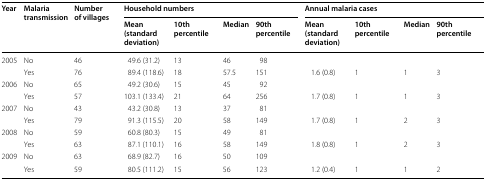
<table><thead><tr><td rowspan="2"><b>Year</b></td><td rowspan="2"><b>Malaria transmission</b></td><td rowspan="2"><b>Number of villages</b></td><td colspan="4"><b>Household numbers</b></td><td colspan="4"><b>Annual malaria cases</b></td></tr><tr><td><b>Mean (standard deviation)</b></td><td><b>10th percentile</b></td><td><b>Median</b></td><td><b>90th percentile</b></td><td><b>Mean (standard deviation)</b></td><td><b>10th percentile</b></td><td><b>Median</b></td><td><b>90th percentile</b></td></tr></thead><tbody><tr><td rowspan="2">2005</td><td>No</td><td>46</td><td>49.6 (31.2)</td><td>13</td><td>46</td><td>98</td><td></td><td></td><td></td><td></td></tr><tr><td>Yes</td><td>76</td><td>89.4 (118.6)</td><td>18</td><td>57.5</td><td>151</td><td>1.6 (0.8)</td><td>1</td><td>1</td><td>3</td></tr><tr><td rowspan="2">2006</td><td>No</td><td>65</td><td>49.2 (30.6)</td><td>15</td><td>45</td><td>92</td><td></td><td></td><td></td><td></td></tr><tr><td>Yes</td><td>57</td><td>103.1 (133.4)</td><td>21</td><td>64</td><td>256</td><td>1.7 (0.8)</td><td>1</td><td>1</td><td>3</td></tr><tr><td rowspan="2">2007</td><td>No</td><td>43</td><td>43.2 (30.8)</td><td>13</td><td>37</td><td>81</td><td></td><td></td><td></td><td></td></tr><tr><td>Yes</td><td>79</td><td>91.3 (115.5)</td><td>20</td><td>58</td><td>149</td><td>1.7 (0.8)</td><td>1</td><td>2</td><td>3</td></tr><tr><td rowspan="2">2008</td><td>No</td><td>59</td><td>60.8 (80.3)</td><td>15</td><td>49</td><td>81</td><td></td><td></td><td></td><td></td></tr><tr><td>Yes</td><td>63</td><td>87.1 (110.1)</td><td>16</td><td>58</td><td>149</td><td>1.8 (0.8)</td><td>1</td><td>2</td><td>3</td></tr><tr><td rowspan="2">2009</td><td>No</td><td>63</td><td>68.9 (82.7)</td><td>16</td><td>50</td><td>109</td><td></td><td></td><td></td><td></td></tr><tr><td>Yes</td><td>59</td><td>80.5 (111.2)</td><td>15</td><td>56</td><td>123</td><td>1.2 (0.4)</td><td>1</td><td>1</td><td>2</td></tr></tbody></table>